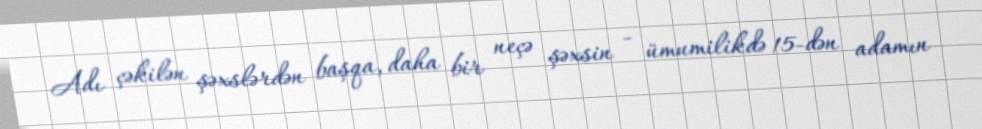
Adı çəkilən şəxslərdən başqa, daha bir neçə şəxsin - ümumilikdə 15-dən adamın